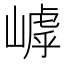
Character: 𡻻